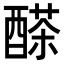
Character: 𨢕